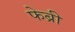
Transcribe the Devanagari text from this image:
फेब्री